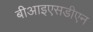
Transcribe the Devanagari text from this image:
बीआइएसडीएन